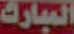
المبارك